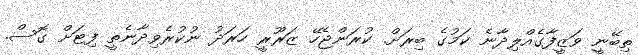
ތިބޭނީ ވަޒީފާގެއްލިދާނެ ކަމުގެ ބިރަށް. ކުރަންޖެހޭ ޒަރޫރީ ހަރަދު ނުކުރެވިދާނެތީ ފިޓަށް ގޮސް.